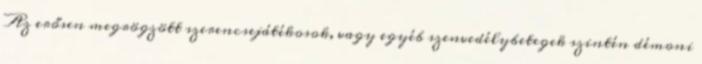
Az erősen megrögzött szerencsejátékosok, vagy egyéb szenvedélybetegek szintén démoni